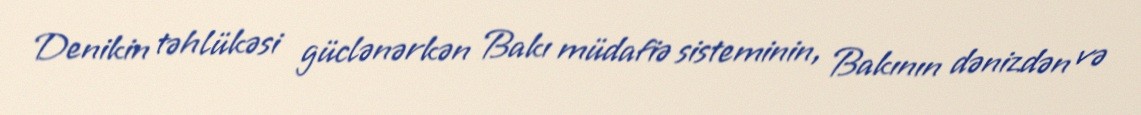
Denikin təhlükəsi güclənərkən Bakı müdafiə sisteminin, Bakının dənizdən və